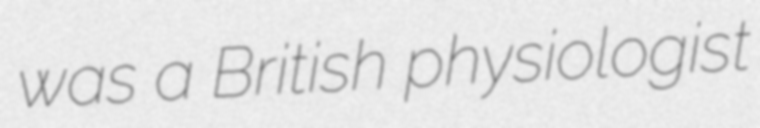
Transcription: was a British physiologist